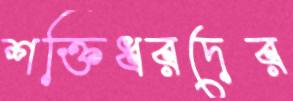
শক্তিধরদের